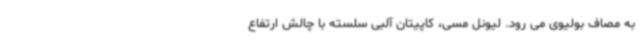
به مصاف بولیوی می رود. لیونل مسی، کاپیتان آلبی سلسته با چالش ارتفاع